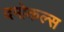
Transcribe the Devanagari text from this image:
दमोकल्स